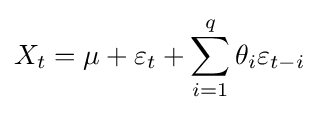
X_{t}=\mu +\varepsilon _{t}+\sum _{i=1}^{q}\theta _{i}\varepsilon _{t-i}